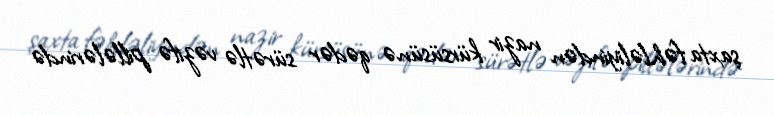
şaxta fəhləliyindən nazir kürsüsünə qədər sürətlə vəzifə pillələrində